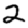
Digit: 2